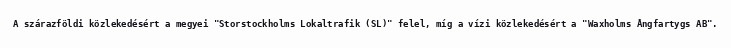
A szárazföldi közlekedésért a megyei "Storstockholms Lokaltrafik (SL)" felel, míg a vízi közlekedésért a "Waxholms Ångfartygs AB".